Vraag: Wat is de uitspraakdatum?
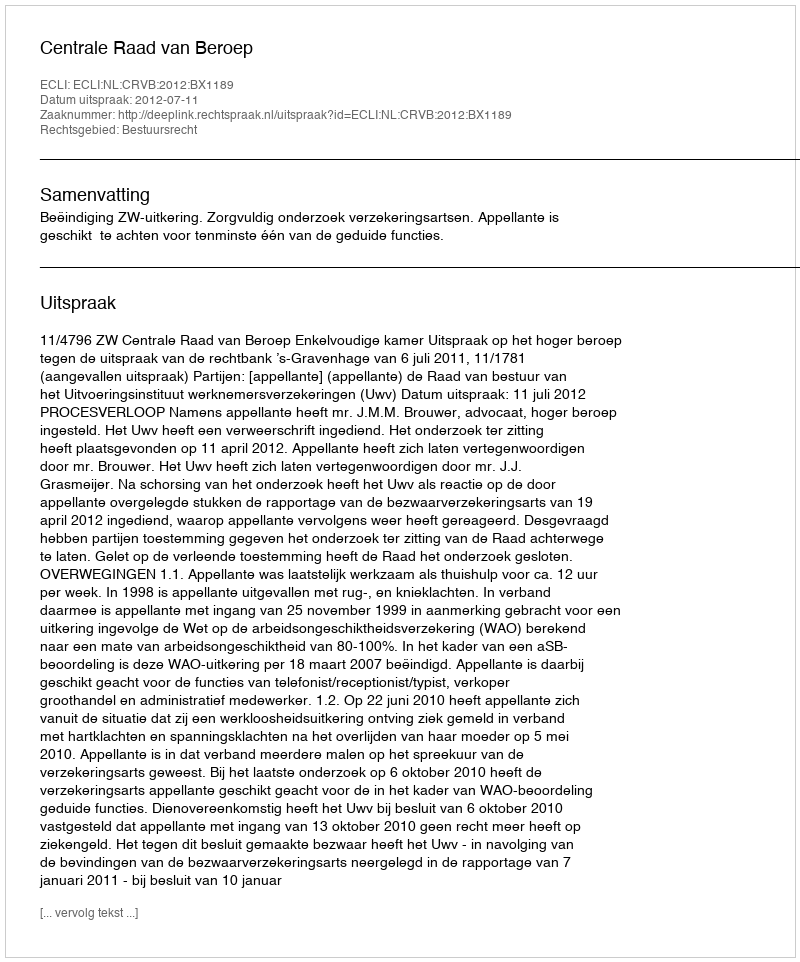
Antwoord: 2012-07-11